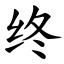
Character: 终